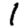
Digit: 1